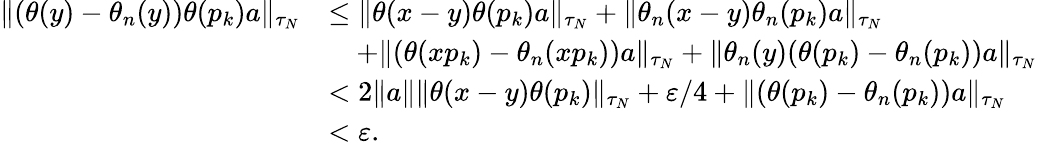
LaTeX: \begin{array}{rl}{\| (\theta(y)-\theta_{n}(y))\theta(p_{k})a\| _{\tau_{N}}}&{\leq\| \theta(x-y)\theta(p_{k})a\| _{\tau_{N}}+\| \theta_{n}(x-y)\theta_{n}(p_{k})a\| _{\tau_{N}}}\\ &{\quad+\| (\theta(xp_{k})-\theta_{n}(xp_{k}))a\| _{\tau_{N}}+\| \theta_{n}(y)(\theta(p_{k})-\theta_{n}(p_{k}))a\| _{\tau_{N}}}\\ &{<2\| a\| \| \theta(x-y)\theta(p_{k})\| _{\tau_{N}}+\varepsilon/4+\| (\theta(p_{k})-\theta_{n}(p_{k}))a\| _{\tau_{N}}}\\ &{<\varepsilon.}\end{array}